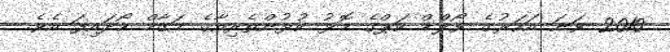
2010 ވަނަ އަހަރުގެ ވޯލްޑް ކަޕްގެ މޮޅު ކުޅުންތެރިއާގެ މަގާމް ހޯދައިފަ އެވެ.